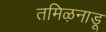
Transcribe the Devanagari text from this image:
तमिऴनाडू